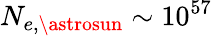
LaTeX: N_{e,\astrosun}\sim 10^{57}